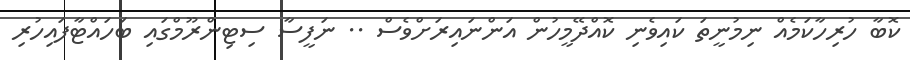
ކޮބާ ހުރިހާކަމެއް ނިމުނީތަ ކައިވެނި ކޮއްދޭމީހުން އަންނައިރަށްވެސް .. ނަފީސާ ސިޓިންރޫމްގައި ބަހައްޓާފައިހުރި